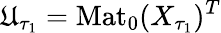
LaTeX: \mathfrak{U}_{\tau_{1}}=\mathrm{{Mat}}_{0}(X_{\tau_{1}})^{T}